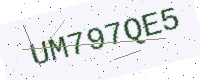
Text: UM797QE5